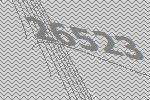
26523